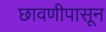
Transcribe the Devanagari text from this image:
छावणीपासून